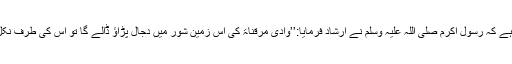
چنانچہ عبداللہ بن عمر رضی اللہ عنہما سے مروی ہے کہ رسول اکرم صلی اللہ علیہ وسلم نے ارشاد فرمایا:’’وادی مرقناۃ کی اس زمین شور میں دجال پڑاؤ ڈالے گا تو اس کی طرف نکل کر جانے والوں میں زیادہ تعداد عورتوں کی ہوگی۔